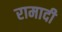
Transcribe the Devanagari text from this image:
रामादी